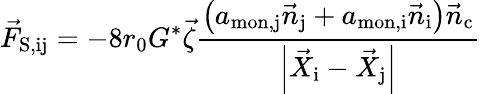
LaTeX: \vec{F}_{\mathrm{S,ij}}=-8r_{\mathrm{0}}G^{*}\vec{\zeta}\frac{\left(a_{\mathrm{mon,j}}\vec{n}_{\mathrm{j}}+a_{\mathrm{mon,i}}\vec{n}_{\mathrm{i}}\right)\vec{n}_{\mathrm{c}}}{\left|\vec{X}_{\mathrm{i}}-\vec{X}_{\mathrm{j}}\right|}